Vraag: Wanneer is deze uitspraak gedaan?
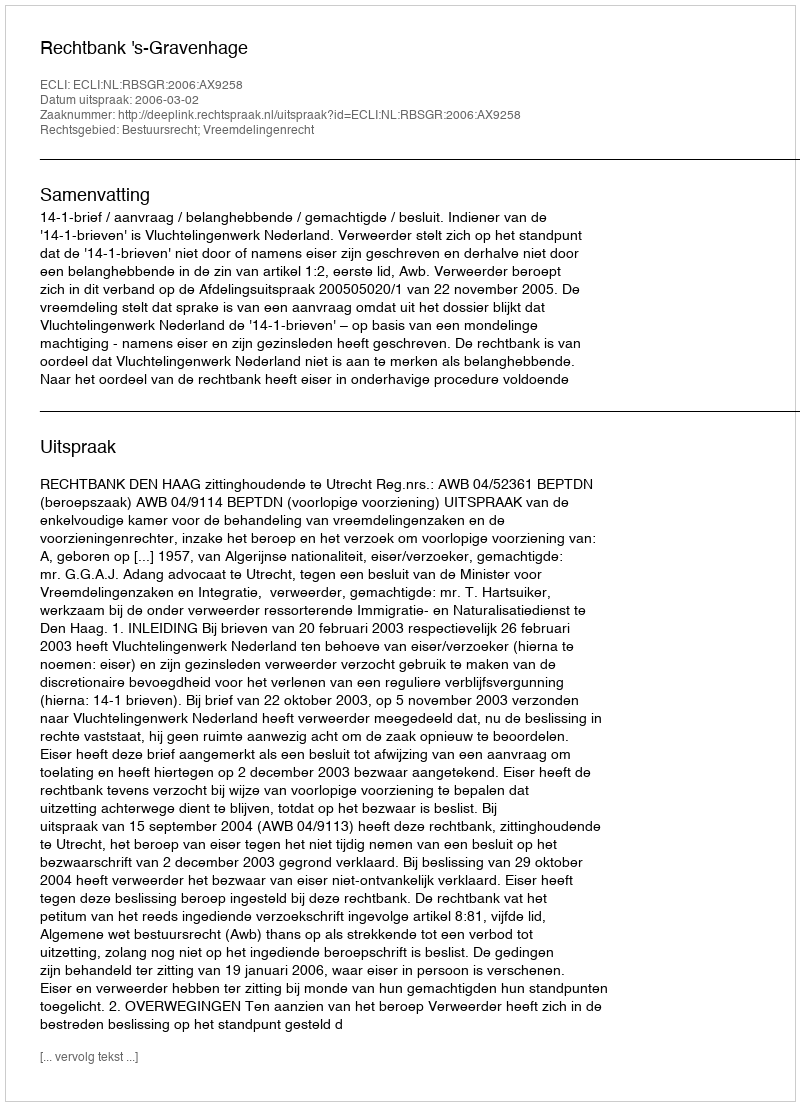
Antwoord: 2006-03-02